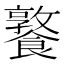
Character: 𩞤